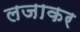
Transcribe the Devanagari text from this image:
लजाकर